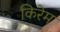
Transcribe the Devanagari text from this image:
किरेम